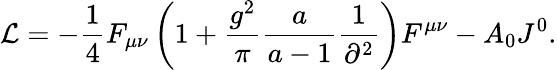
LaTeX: {\cal L}=-\frac{1}{4}F_{\mu\nu}\left({1+\frac{{g^{2}}}{\pi}\frac{a}{{a-1}}\frac{1}{{\partial^{2}}}}\right)F^{\mu\nu}-A_{0}J^{0}.